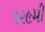
૧૨૯મી